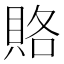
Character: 賂